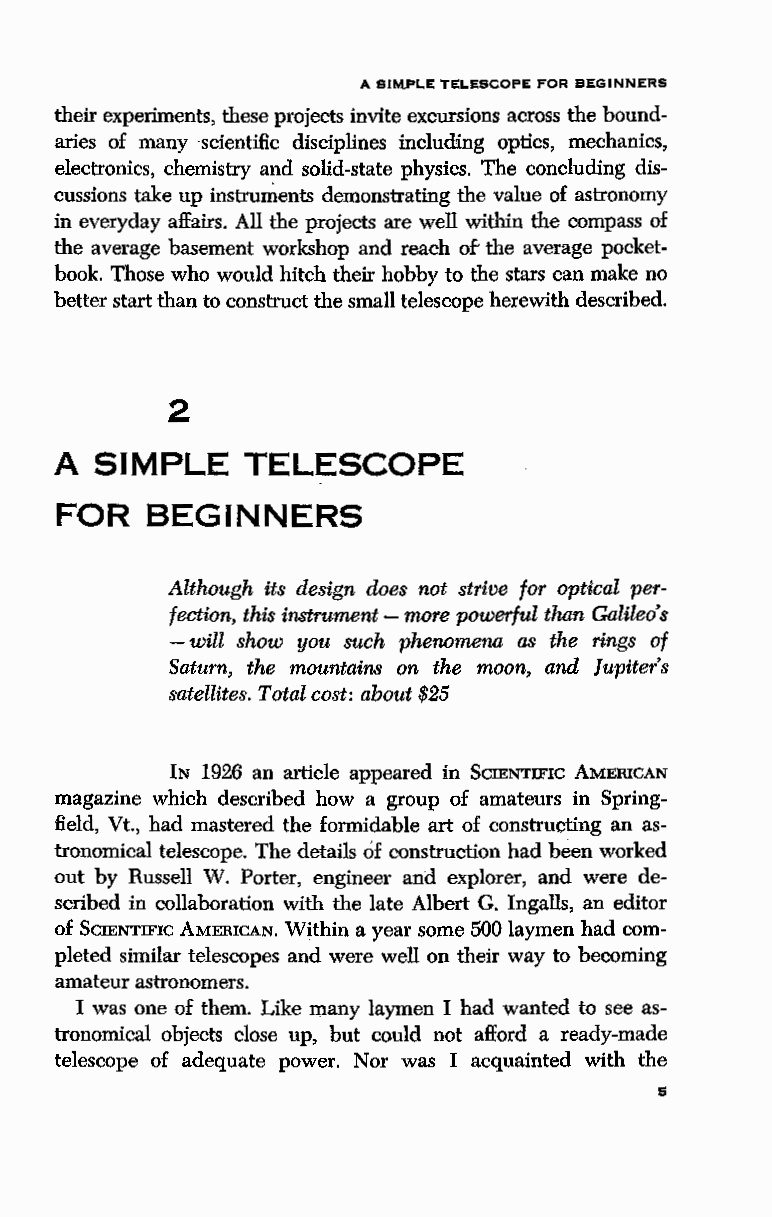
A SIMPLE TELESCOPE FOR BEGINNERS
 their experiments, these projects invite excursions across the bound
 aries of many scientific disciplines including optics, mechanics,
 electronics, chemistry and solid-state physics. The concluding dis
 cussions take up instruments demonstrating the value of astronomy
 in everyday affairs. All the projects are well within the compass of
 the average basement workshop and reach of' the average pocket
 book. Those who would hitch their hobby to the stars can make no
 better start than to construct the small telescope herewith described.
 2
 A SIMPLE    TELESCOPE
 FOR   BEGINNERS
 Although its design does not strive for optical per
 fection, this instrument - more powerful than Galileo' s
 - will show you such phenomena as the rings of
 Saturn, the mountains on the moon, and Jupiter's
 satellites. Total cost: about $25
 IN 1926 an ruticle appeared in SciENTIFIC AMERICAN
 magazine which described how a group of amateurs in Spring
 field, Vt., had mastered the formidable art of constructing an as
 tronomical telescope. The details of construction had been worked
 out by Russell W. Porter, engineer and explorer, and were de
 scribed in collaboration with the late Albert G. Ingalls, an editor
 of SCIENTIFIC AMERICAN. Within a year some 500 laymen had com
 pleted similar telescopes and were well on their way to becoming
 amateur astronomers.
 I was one of them. Like many laymen I had wanted to see as
 tronomical objects close up, but could not afford a ready-made
 telescope of adequate power. Nor was I acquainted with the
 5